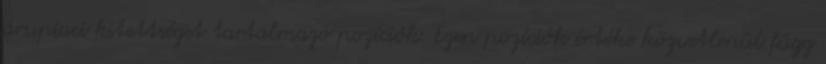
árupiaci kitettséget tartalmazó pozíciók. Ezen pozíciók értéke közvetlenül függ